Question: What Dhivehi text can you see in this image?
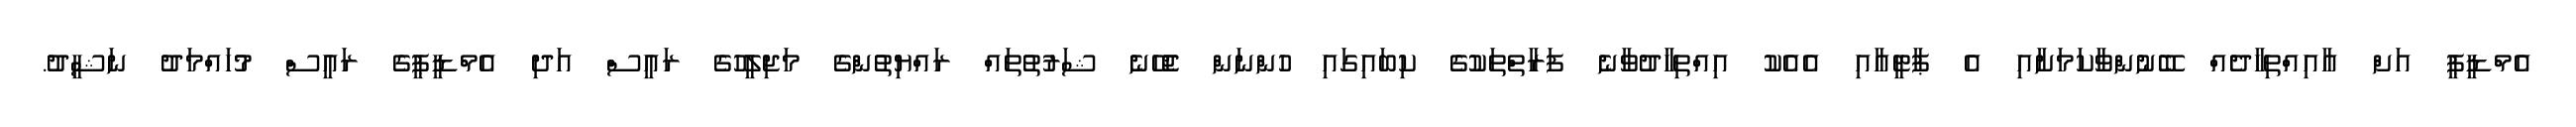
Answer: އެމްޑީޕީ އަށް އާއިއްތިހާދެއް ބޭނުންވާކަމަށާއި އެ ޕާޓީއާއި އެއެކު އިއްތިހާދުވާނެ ފަރާތްތަކުގެ ކިބައިގައި ހުންނަން ޖެހޭނެ ޝަރުތުތައް ރައްޔިތުންގެ މަޖިލީހުގެ ރައީސް އަދި އެމްޑީޕީގެ ރައީސް މުހައްމަދު ނަޝީދު.